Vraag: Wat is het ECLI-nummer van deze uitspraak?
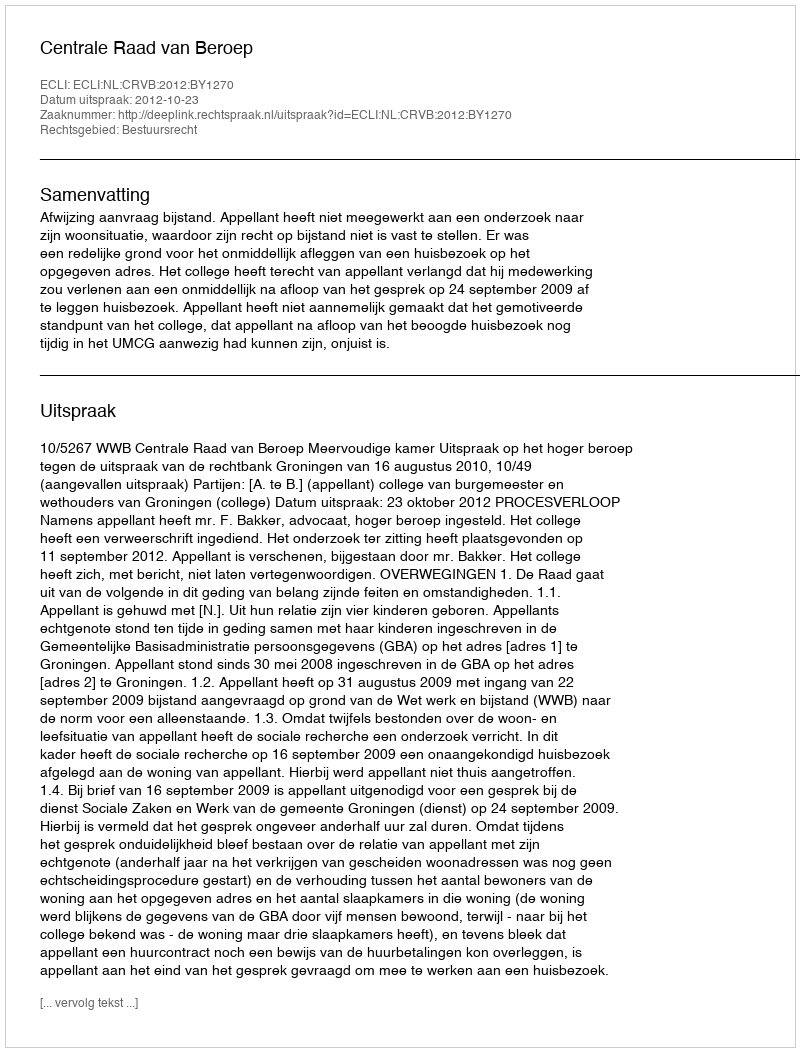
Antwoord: ECLI:NL:CRVB:2012:BY1270